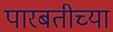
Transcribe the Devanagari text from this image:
पारबतीच्या